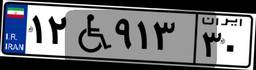
۷۸W۰۳۲۲۱